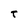
Character: T